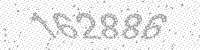
Solution: 162886